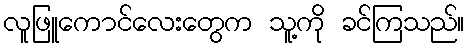
လူဖြူကောင်လေးတွေက သူ့ကို ခင်ကြသည်။